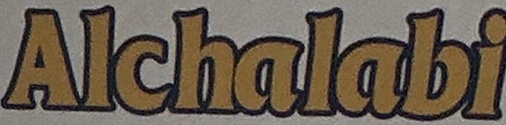
Alchalabi